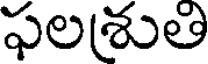
ఫలశుతి